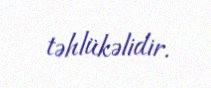
təhlükəlidir.